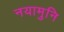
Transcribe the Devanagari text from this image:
नयामुनि